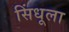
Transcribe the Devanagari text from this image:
सिंधूला